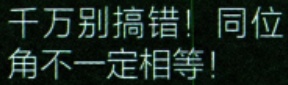
千万别搞错！同位角不一定相等！